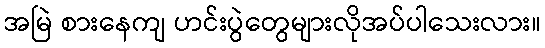
အမြဲ စားနေကျ ဟင်းပွဲတွေများလိုအပ်ပါသေးလား။